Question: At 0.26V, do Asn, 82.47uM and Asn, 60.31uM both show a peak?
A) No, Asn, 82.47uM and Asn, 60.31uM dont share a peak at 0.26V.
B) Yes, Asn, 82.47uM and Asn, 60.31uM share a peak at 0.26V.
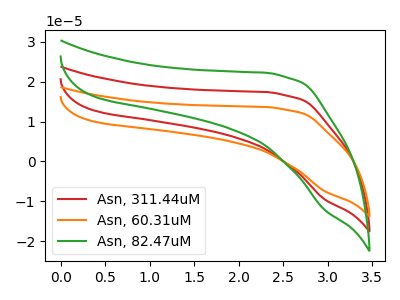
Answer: <think>The red curve "Asn, 311.44uM" has no peaks. The orange curve "Asn, 60.31uM" has no peaks. The green curve "Asn, 82.47uM" has no peaks.</think>
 <answer>A) No, "Asn, 82.47uM" and "Asn, 60.31uM" dont share a peak at 0.26V.</answer>
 <eval>A</eval>